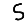
Digit: 5